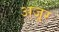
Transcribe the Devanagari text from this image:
अजूर